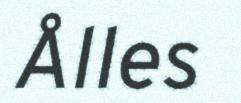
Ålles